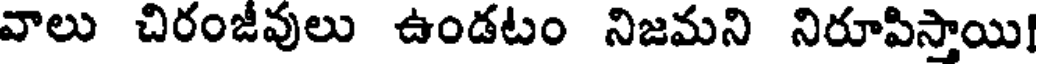
వాలు చిరంజీవులు ఉండటం నిజమని నిరూపిస్తాయి